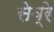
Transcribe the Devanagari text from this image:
सेव्रे